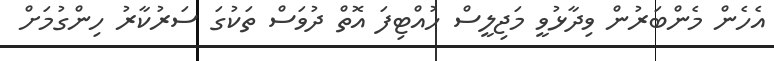
އެހެން މެންބަރުން ވިދާޅުވީ މަޖިލީސް ހުއްޓިފަ އޮތް ދުވަސް ތަކުގަ ސަރުކާރު ހިންގުމަށް